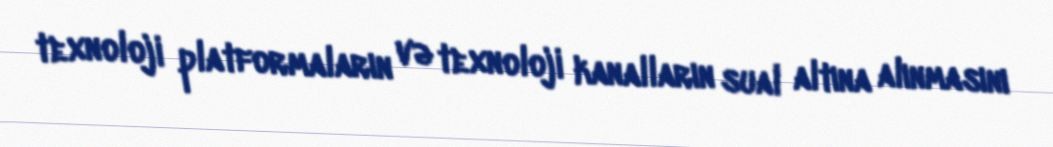
texnoloji platformaların və texnoloji kanalların sual altına alınmasını